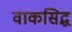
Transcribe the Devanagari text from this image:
वाकसिद्ध